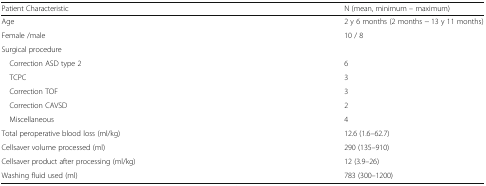
<table><thead><tr><td><b>Patient Characteristic</b></td><td><b>N (mean, minimum – maximum)</b></td></tr></thead><tbody><tr><td>Age</td><td>2 y 6 months (2 months − 13 y 11 months)</td></tr><tr><td>Female /male</td><td>10 / 8</td></tr><tr><td colspan="2">Surgical procedure</td></tr><tr><td> Correction ASD type 2</td><td>6</td></tr><tr><td> TCPC</td><td>3</td></tr><tr><td> Correction TOF</td><td>3</td></tr><tr><td> Correction CAVSD</td><td>2</td></tr><tr><td> Miscellaneous</td><td>4</td></tr><tr><td>Total peroperative blood loss (ml/kg)</td><td>12.6 (1.6–62.7)</td></tr><tr><td>Cellsaver volume processed (ml)</td><td>290 (135–910)</td></tr><tr><td>Cellsaver product after processing (ml/kg)</td><td>12 (3.9–26)</td></tr><tr><td>Washing fluid used (ml)</td><td>783 (300–1200)</td></tr></tbody></table>